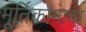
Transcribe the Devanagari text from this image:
मूर्तिकामाचा